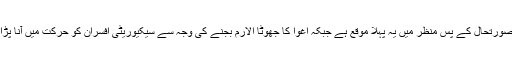
اس صورتحال کے پس منظر میں یہ پہلا موقع ہے جبکہ اغوا کا جھوٹا الارم بجنے کی وجہ سے سیکیوریٹی افسران کو حرکت میں آنا پڑا تھا۔